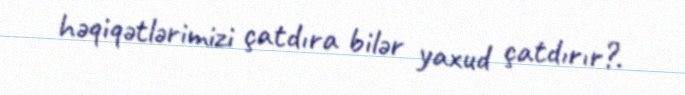
həqiqətlərimizi çatdıra bilər yaxud çatdırır?.